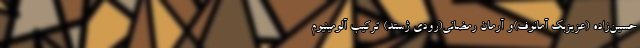
حسین‌زاده (عزیزبک آمانوف)و آرمان رمضانی(رودی ژستد) ترکیب آلومینیوم